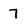
Character: 7